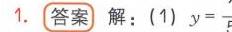
1. **答案** 解：(1) \(y =\)